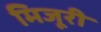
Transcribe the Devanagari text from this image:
मिजूरी